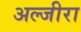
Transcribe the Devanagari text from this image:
अल्जीरा